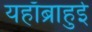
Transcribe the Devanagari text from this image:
यहाँब्राहुई